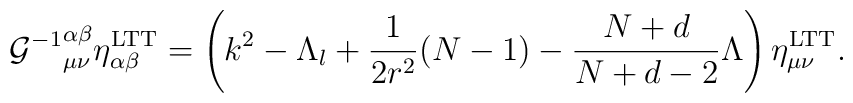
{{\cal G}^{-1}}^{\alpha\beta}_{\mu\nu}\eta^{\rm LTT}_{\alpha\beta}=\left(k^{2}-\Lambda_{l}+\frac{1}{2r^{2}}(N-1)-\frac{N+d}{N+d-2}\Lambda\right)\eta^{\rm LTT}_{\mu\nu}.